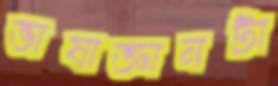
ভাষাজ্ঞানটা